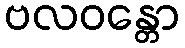
ဗလဝန္တော